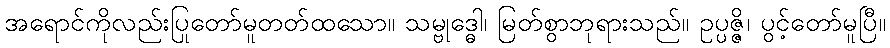
အရောင်ကိုလည်းပြုတော်မူတတ်ထသော။ သမ္ဗုဒ္ဓေါ၊ မြတ်စွာဘုရားသည်။ ဥပ္ပဇ္ဇိ၊ ပွင့်တော်မူပြီ။